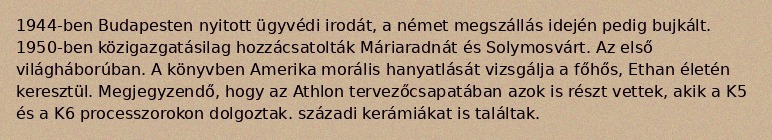
1944-ben Budapesten nyitott ügyvédi irodát, a német megszállás idején pedig bujkált. 1950-ben közigazgatásilag hozzácsatolták Máriaradnát és Solymosvárt. Az első világháborúban. A könyvben Amerika morális hanyatlását vizsgálja a főhős, Ethan életén keresztül. Megjegyzendő, hogy az Athlon tervezőcsapatában azok is részt vettek, akik a K5 és a K6 processzorokon dolgoztak. századi kerámiákat is találtak.